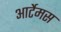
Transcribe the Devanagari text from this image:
आर्टेमस